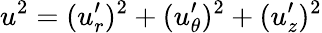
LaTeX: u^{2}=(u_{r}^{\prime})^{2}+(u_{\theta}^{\prime})^{2}+(u_{z}^{\prime})^{2}